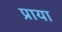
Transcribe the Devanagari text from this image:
प्राया